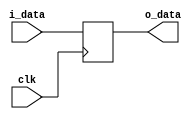
`timescale 1ns / 1ps
//////////////////////////////////////////////////////////////////////////////////
// Company: 
// Engineer: 
// 
// Design Name: 
// Module Name: DataLate
// Project Name: 
// Target Devices: 
// Tool Versions: 
// Description: 
// 
// Dependencies: 
// 
// Revision:
// Revision 0.01 - File Created
// Additional Comments:
// 
//////////////////////////////////////////////////////////////////////////////////

module DataLate(input [31:0] i_data,  
                input clk,  
                output reg [31:0] o_data);  
  
    always @(posedge clk) begin  
        o_data = i_data;  
    end  
  
endmodule